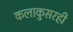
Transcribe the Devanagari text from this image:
कलाकुसरही